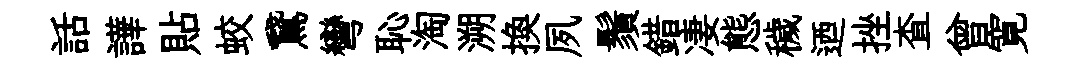
話譁貼蛟鵞彎恥淘溯换夙鬚錯凄態穢迺挫查曾寛